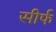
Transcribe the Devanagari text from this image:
सीर्फ